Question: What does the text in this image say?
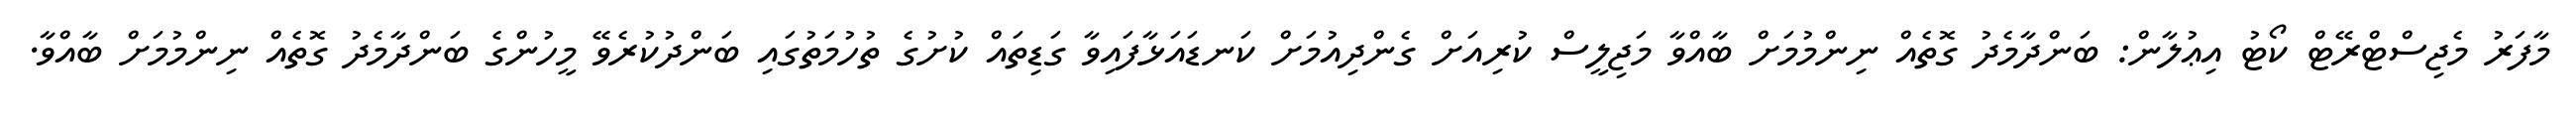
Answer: މާފަރު މެޖިސްޓްރޭޓް ކޯޓު އިޢުލާން: ބަންދާމެދު ގޮތެއް ނިންމުމަށް ބާއްވާ މަޖިލީސް ކުރިއަށް ގެންދިއުމަށް ކަނޑައަޅާފައިވާ ގަޑިތައް ކުށުގެ ތުހުމަތުގައި ބަންދުކުރެވޭ މީހުންގެ ބަންދާމެދު ގޮތެއް ނިންމުމަށް ބާއްވާ.